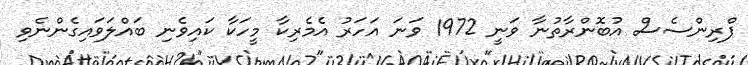
ޕްރިންސެސް އުބޮންރާތުނާ ވަނީ 1972 ވަނަ އަހަރު އެމެރިކާ މީހަކާ ކައިވެނި ބައްލަވައިގެންނެވި